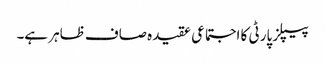
پیپلز پارٹی کا اجتماعی عقیدہ صاف ظاہر ہے۔